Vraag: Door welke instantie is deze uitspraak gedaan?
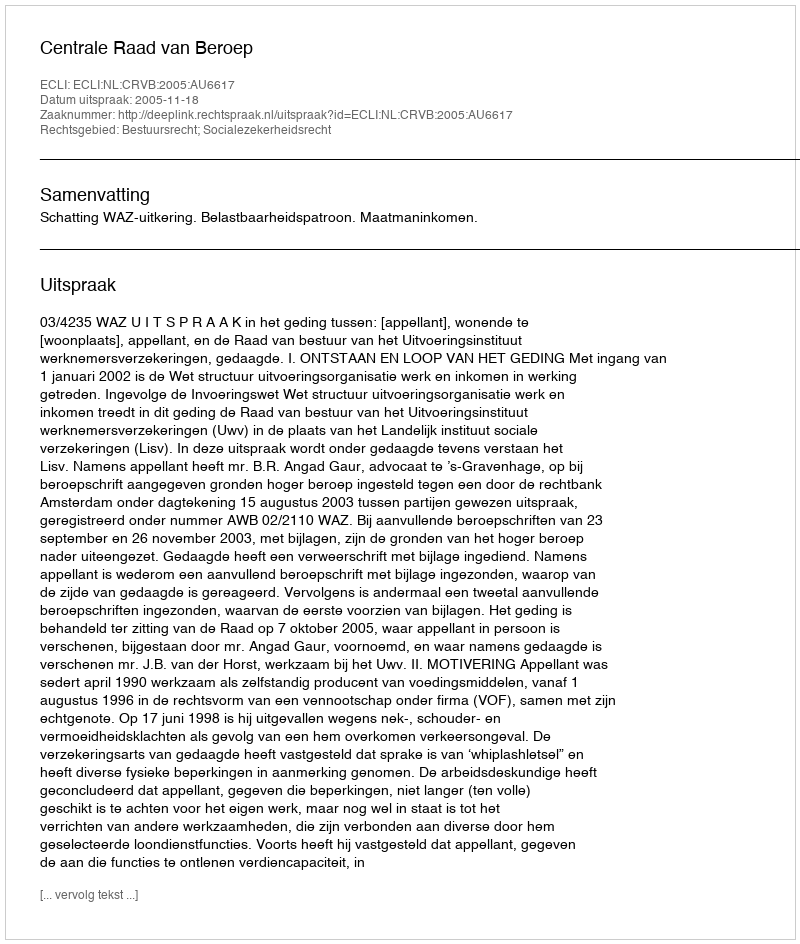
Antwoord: Centrale Raad van Beroep